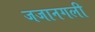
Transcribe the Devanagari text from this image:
जजानगली